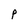
Character: P